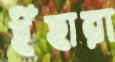
ইঁহারা